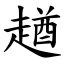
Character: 趥